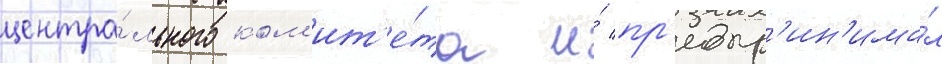
центра́льного ком'ит'е́та и́ пр'едпр'ин'има́л